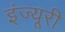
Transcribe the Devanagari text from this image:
इंज्यूरी